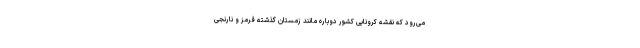
می‌رود که نقشه کرونایی کشور دوباره مانند زمستان گذشته قرمز و نارنجی